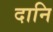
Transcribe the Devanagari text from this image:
दानि